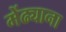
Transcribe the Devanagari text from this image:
मेंढ्याना